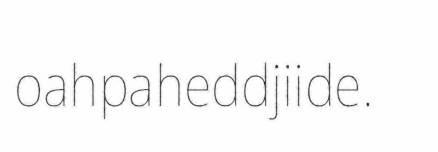
oahpaheddjiide.